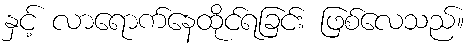
နှင့် လာရောက်နေထိုင်ရခြင်း ဖြစ်လေသည်။